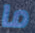
ما